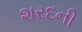
શરદની